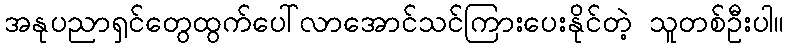
အနုပညာရှင်တွေထွက်ပေါ်လာအောင်သင်ကြားပေးနိုင်တဲ့ သူတစ်ဦးပါ။